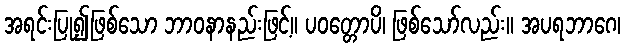
အရင်းပြု၍ဖြစ်သော ဘာဝနာနည်းဖြင့်။ ပဝတ္တောပိ၊ ဖြစ်သော်လည်း။ အပရဘာဂေ၊